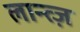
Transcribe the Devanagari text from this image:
लान्त्ज़